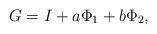
LaTeX: \begin{align*} G=I+a\Phi_1+b\Phi_2, \end{align*}